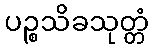
ပဉ္စသိခသုတ္တံ